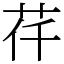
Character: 𦭛